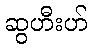
ဆွဟီးဟ်